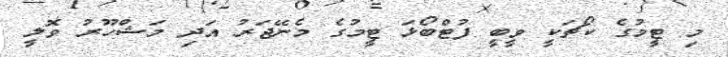
މި ޓީމުގެ ކޯޗަކީ ވީބީ ފުޓްބޯޅަ ޓީމުގެ މެނޭޖަރު އަދި މަޝްހޫރު ވޮލީ